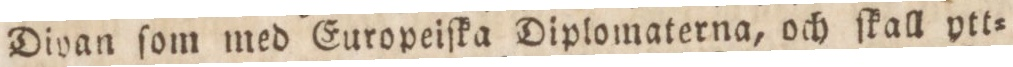
Divan ſom med Europeiſka Diplomaterna, och ſkall ytt=